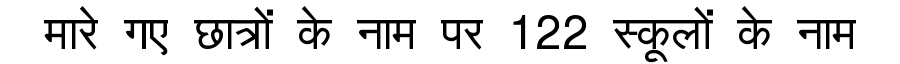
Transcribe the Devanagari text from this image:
मारे गए छात्रों के नाम पर 122 स्कूलों के नाम